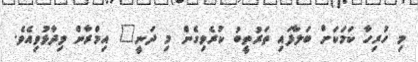
މި ހުރިހާ ކަމަކަށް ބަލާފައި ތަރުތީބު ކުރެވިގެން މި ދަނީ" އިމްރާން ވިދާޅުވިއެވެ.